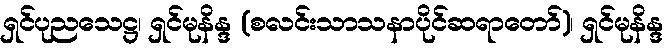
ရှင်ပုညသေဋ္ဌ၊ ရှင်မုနိန္ဒ (စလင်းသာသနာပိုင်ဆရာတော်)၊ ရှင်မုနိန္ဒ